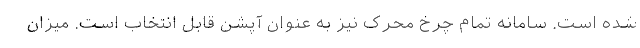
شده است. سامانه تمام چرخ محرک نیز به عنوان آپشن قابل انتخاب است. میزان